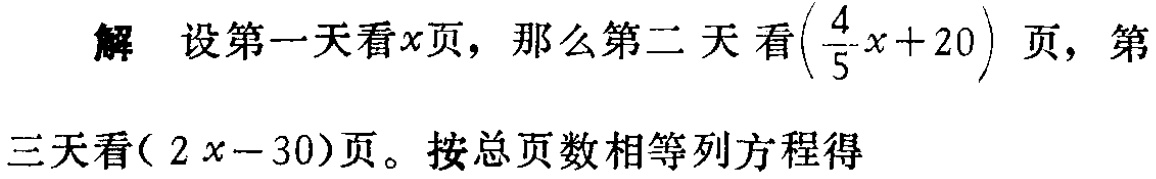
解 设第一天看\(x\)页，那么第二天看\((\frac{4}{5}x + 20)\)页，第三天看\((2x - 30)\)页。按总页数相等列方程得